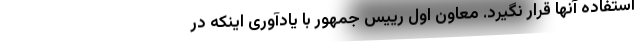
استفاده آنها قرار نگیرد. معاون اول رییس جمهور با یادآوری اینکه در